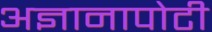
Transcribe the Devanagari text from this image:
अज्ञानापोटी